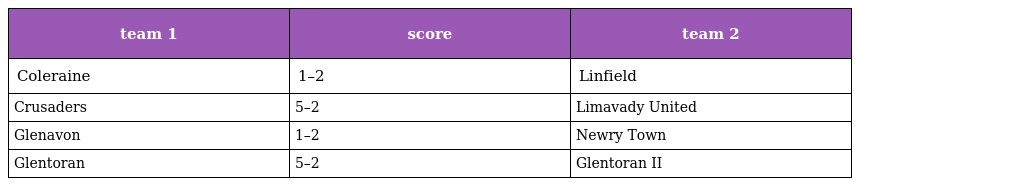
| team 1 | score | team 2 |
 | --- | --- | --- |
 | Coleraine | 1–2 | Linfield |
 | Crusaders | 5–2 | Limavady United |
 | Glenavon | 1–2 | Newry Town |
 | Glentoran | 5–2 | Glentoran II |